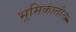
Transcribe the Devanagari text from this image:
भूमिकांतील